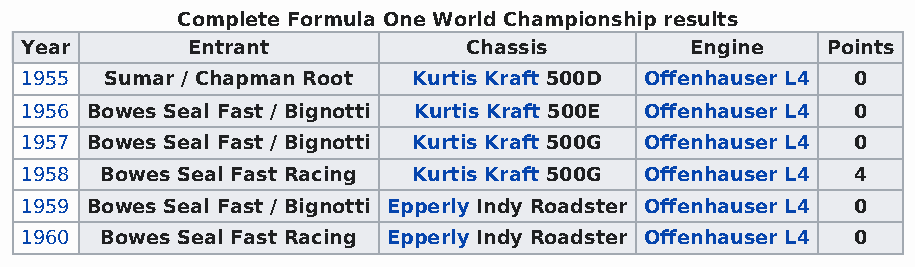
Complete Formula One World Championship results
 Year       Entrant            Chassis        Engine   Points
 1955  Sumar / Chapman Root Kurtis Kraft 500D Offenhauser L4 0
 1956 Bowes Seal Fast / Bignotti Kurtis Kraft 500E Offenhauser L4 0
 1957 Bowes Seal Fast / Bignotti Kurtis Kraft 500G Offenhauser L4 0
 1958  Bowes Seal Fast Racing Kurtis Kraft 500G Offenhauser L4 4
 1959 Bowes Seal Fast / Bignotti Epperly Indy Roadster Offenhauser L4 0
 1960  Bowes Seal Fast Racing Epperly Indy Roadster Offenhauser L4 0